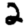
Digit: 2